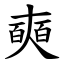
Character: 奭